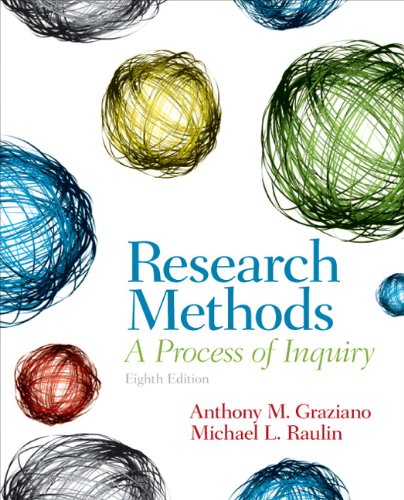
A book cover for Research Methods: A Process of Inquiry (8th Edition); Anthony M. Graziano; Medical Books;